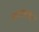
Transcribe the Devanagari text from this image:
अदातव्य